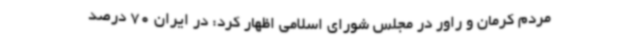
مردم کرمان و راور در مجلس شورای اسلامی اظهار کرد: در ایران 70 درصد